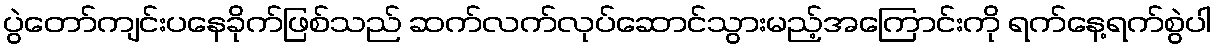
ပွဲတော်ကျင်းပနေခိုက်ဖြစ်သည် ဆက်လက်လုပ်ဆောင်သွားမည့်အကြောင်းကို ရက်နေ့ရက်စွဲပါ